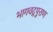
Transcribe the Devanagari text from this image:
भागवद्पुराण